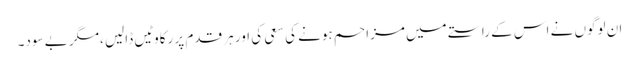
ان لوگوں نے اس کے راستے میں مزاحم ہونے کی سعی کی اور ہر قدم پر رکاوٹیں ڈالیں ،مگر بے سود۔